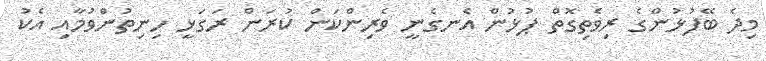
މިދެ ބޭފުޅުންގެ ރިވެތިގޮތް ޕުޅުން އެނގެނީ ވެރިންކަން ކުރަން ރަގަޅީ ހިނިތުންވުމާއި އެކު